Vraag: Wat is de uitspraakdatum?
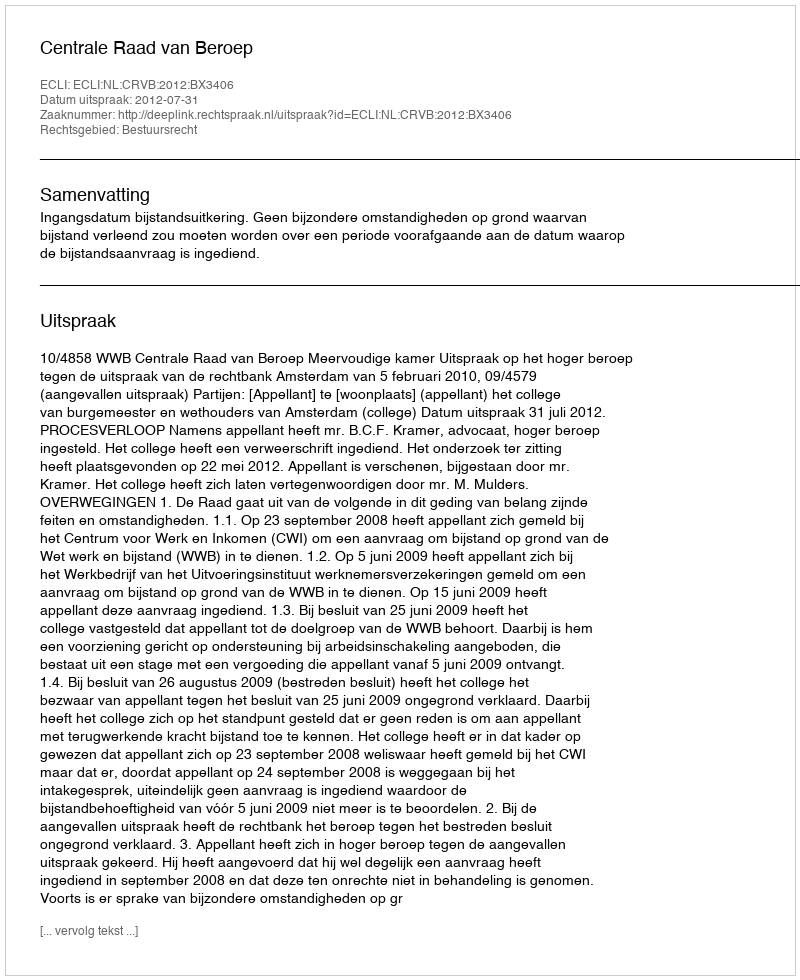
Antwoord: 2012-07-31